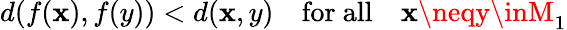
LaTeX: d(f(\mathbf{x}),f(y))<d(\mathbf{x},y)\quad{\mathrm{{for~all}}}\quad\mathbf{x}\neqy\inM_{1}